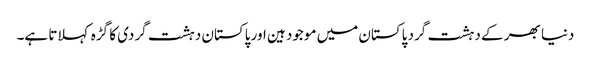
دنیا بھر کے دہشت گرد پاکستان میں موجود ہین اور پاکستان دہشت گردی کا گڑہ کہلاتا ہے۔